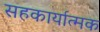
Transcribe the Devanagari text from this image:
सहकार्यात्मक